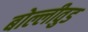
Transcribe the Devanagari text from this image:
बोल्लीवुड